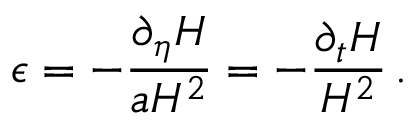
\epsilon = - \frac { \partial _ { \eta } H } { a H ^ { 2 } } = - \frac { \partial _ { t } H } { H ^ { 2 } } \, .